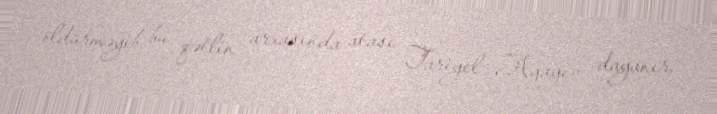
öldürməyib, bu qətlin arxasında atası Tariyel Ağayev dayanır.